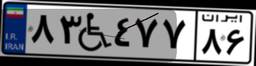
۸۳W۴۷۷۸۶